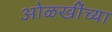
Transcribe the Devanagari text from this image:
ओळखींच्या